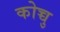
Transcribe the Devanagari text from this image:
कोच्चु